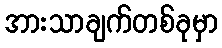
အားသာချက်တစ်ခုမှာ